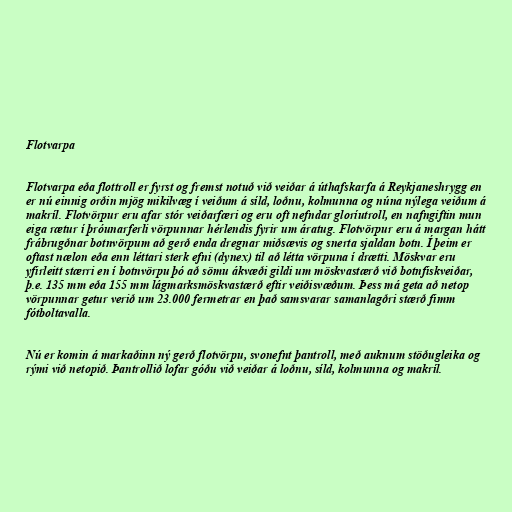
Flotvarpa

Flotvarpa eða flottroll er fyrst og fremst notuð við veiðar á úthafskarfa á Reykjaneshrygg en
er nú einnig orðin mjög mikilvæg í veiðum á síld, loðnu, kolmunna og núna nýlega veiðum á
makríl. Flotvörpur eru afar stór veiðarfæri og eru oft nefndar gloríutroll, en nafngiftin mun
eiga rætur í þróunarferli vörpunnar hérlendis fyrir um áratug. Flotvörpur eru á margan hátt
frábrugðnar botnvörpum að gerð enda dregnar miðsævis og snerta sjaldan botn. Í þeim er
oftast nælon eða enn léttari sterk efni (dynex) til að létta vörpuna í drætti. Möskvar eru
yfirleitt stærri en í botnvörpu þó að sömu ákvæði gildi um möskvastærð við botnfiskveiðar,
þ.e. 135 mm eða 155 mm lágmarksmöskvastærð eftir veiðisvæðum. Þess má geta að netop
vörpunnar getur verið um 23.000 fermetrar en það samsvarar samanlagðri stærð fimm
fótboltavalla.

Nú er komin á markaðinn ný gerð flotvörpu, svonefnt þantroll, með auknum stöðugleika og
rými við netopið. Þantrollið lofar góðu við veiðar á loðnu, síld, kolmunna og makríl.